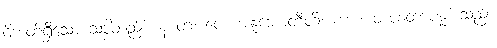
ဝိဘတ်ရှိသော သဒ္ဒါတည်း။ န တံ၊ ပေ။ အနုဘောတီတိ၊ ကား။ တံစေတာပန္နံ၊ သည်။